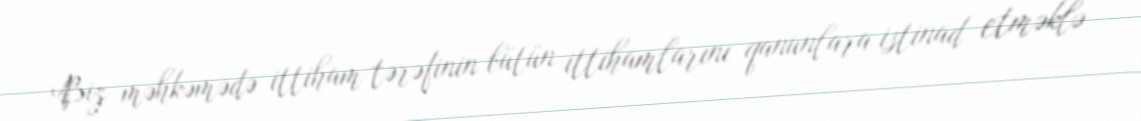
Biz məhkəmədə ittiham tərəfinin bütün ittihamlarını qanunlara istinad etməklə